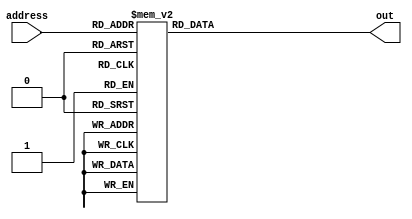
/*
   This file was generated automatically by the Mojo IDE version B1.3.6.
   Do not edit this file directly. Instead edit the original Lucid source.
   This is a temporary file and any changes made to it will be destroyed.
*/

module rom_32 (
    input [5:0] address,
    output reg [15:0] out
  );
  
  
  
  always @* begin
    
    case (address)
      6'h00: begin
        out = 16'h0000;
      end
      6'h01: begin
        out = 16'h0000;
      end
      6'h02: begin
        out = 16'h0000;
      end
      6'h03: begin
        out = 16'h0000;
      end
      6'h04: begin
        out = 16'h0000;
      end
      6'h05: begin
        out = 16'h0000;
      end
      6'h06: begin
        out = 16'h0000;
      end
      6'h07: begin
        out = 16'h0000;
      end
      6'h08: begin
        out = 16'h0000;
      end
      6'h09: begin
        out = 16'h0000;
      end
      6'h0a: begin
        out = 16'h0000;
      end
      6'h0b: begin
        out = 16'h0000;
      end
      11'h44c: begin
        out = 16'h0000;
      end
      6'h0d: begin
        out = 16'h0000;
      end
      6'h0e: begin
        out = 16'h0000;
      end
      6'h0f: begin
        out = 16'h0000;
      end
      6'h10: begin
        out = 16'h0008;
      end
      6'h11: begin
        out = 16'h1000;
      end
      6'h12: begin
        out = 16'h0200;
      end
      6'h13: begin
        out = 16'h0010;
      end
      6'h14: begin
        out = 16'hffff;
      end
      6'h15: begin
        out = 16'h0000;
      end
      6'h16: begin
        out = 16'h0000;
      end
      14'h277f: begin
        out = 16'h0000;
      end
      14'h2af8: begin
        out = 16'h0000;
      end
      6'h19: begin
        out = 16'h0000;
      end
      6'h1a: begin
        out = 16'h0000;
      end
      6'h1b: begin
        out = 16'h0000;
      end
      6'h1c: begin
        out = 16'h0000;
      end
      6'h1d: begin
        out = 16'h0000;
      end
      6'h1e: begin
        out = 16'h0000;
      end
      6'h1f: begin
        out = 16'h0000;
      end
      6'h20: begin
        out = 16'h0400;
      end
      6'h21: begin
        out = 16'h0080;
      end
      6'h22: begin
        out = 16'h0001;
      end
      6'h23: begin
        out = 16'h4000;
      end
      6'h24: begin
        out = 16'h0800;
      end
      6'h25: begin
        out = 16'h0010;
      end
      6'h26: begin
        out = 16'hffff;
      end
      6'h27: begin
        out = 16'h0000;
      end
      6'h28: begin
        out = 16'h0000;
      end
      6'h29: begin
        out = 16'h0000;
      end
      6'h2a: begin
        out = 16'h0000;
      end
      6'h2b: begin
        out = 16'h0000;
      end
      6'h2c: begin
        out = 16'h0000;
      end
      6'h2d: begin
        out = 16'h0000;
      end
      6'h2e: begin
        out = 16'h0000;
      end
      6'h2f: begin
        out = 16'h0000;
      end
      6'h30: begin
        out = 16'h2000;
      end
      6'h31: begin
        out = 16'h0200;
      end
      6'h32: begin
        out = 16'h0800;
      end
      6'h33: begin
        out = 16'h0004;
      end
      6'h34: begin
        out = 16'h4000;
      end
      6'h35: begin
        out = 16'h0020;
      end
      6'h36: begin
        out = 16'h8000;
      end
      6'h37: begin
        out = 16'h0002;
      end
      6'h38: begin
        out = 16'h0040;
      end
      6'h39: begin
        out = 16'h0004;
      end
      6'h3a: begin
        out = 16'hffff;
      end
      6'h3b: begin
        out = 16'h0000;
      end
      6'h3c: begin
        out = 16'h0000;
      end
      6'h3d: begin
        out = 16'h0000;
      end
      6'h3e: begin
        out = 16'h0000;
      end
      6'h3f: begin
        out = 16'h0660;
      end
      default: begin
        out = 16'h0000;
      end
    endcase
  end
endmodule